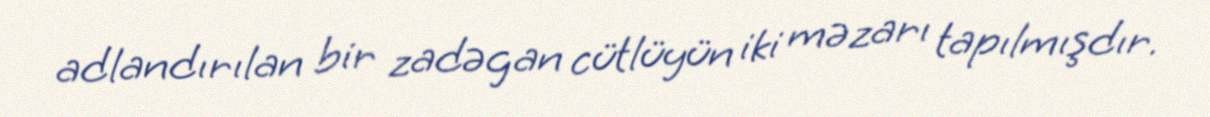
adlandırılan bir zadəgan cütlüyün iki məzarı tapılmışdır.